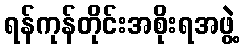
ရန်ကုန်တိုင်းအစိုးရအဖွဲ့